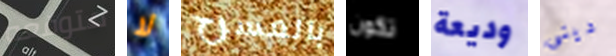
متوقعه لا بالمسرح تكون وديعة دينى